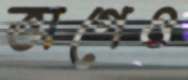
ভাগেও